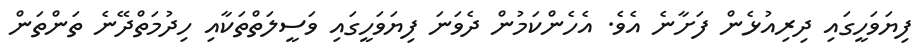
ފިޔަވަހީގައި ދިރިއުޅެން ފަށާނެ އެވެ. އެހެންކަމުން ދެވަނަ ފިޔަވަހީގައި ވަސީލަތްތަކާއި ހިދުމަތްދޭނެ ތަންތަން